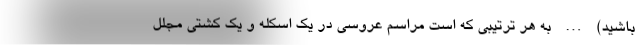
باشید) … به هر ترتیبی که است مراسم عروسی در یک اسکله و یک کشتی مجلل